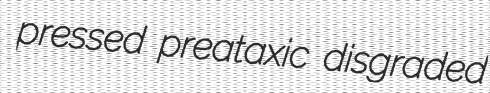
pressed preataxic disgraded